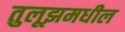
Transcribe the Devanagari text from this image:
तुलूझमधील